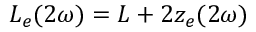
L _ { e } ( 2 \omega ) = L + 2 z _ { e } ( 2 \omega )